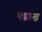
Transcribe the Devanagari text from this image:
पद्माख